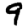
Digit: 9